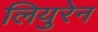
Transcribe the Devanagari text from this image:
लियुरेन